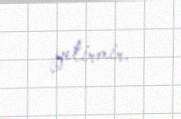
yetirmir.